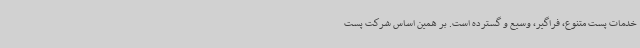
خدمات پست متنوع، فراگیر، وسیع و گسترده است. بر همین اساس شرکت پست